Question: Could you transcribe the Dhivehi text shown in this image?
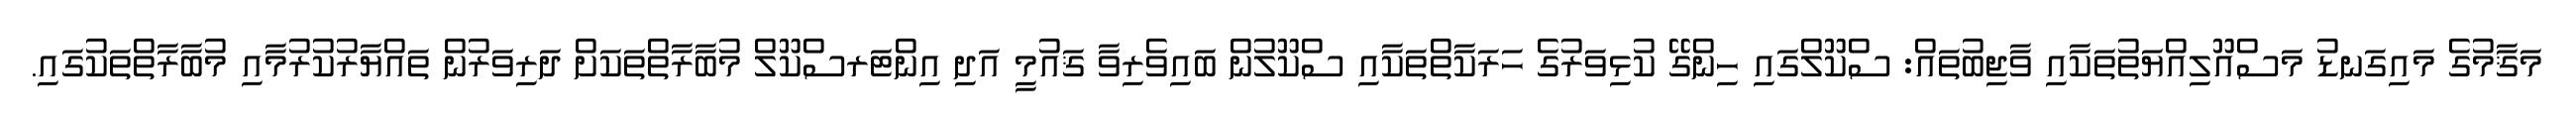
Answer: މަޤާމުގެ މައިގަނޑު މަސްއޫލިއްޔަތުތަކާއި ވާޖިބުތައް: ސްކޫލްގައި ހިންގޭ ކުޅިވަރުގެ ހަރަކާތްތަކާއި ސްކޫލުން ބައިވެރިވާ ޤައުމީ އަދި އިންޓަރސްކޫލް މުބާރާތްތަކަށް ދަރިވަރުން ތައްޔާރުކުރުމާއި މުބާރާތްތަކުގައި.